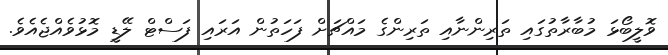
ވޮލީބޯޅަ މުބާރާތުގައި ތަރިންނާއި ތަރިންގެ މައްޗަށް ފަހަތުން އަރައި ފަސްޓް ލޭޑީ މޮޅުވެއްޖެއެވެ.